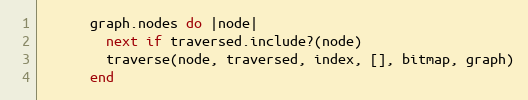
Language: Ruby
      graph.nodes do |node|
        next if traversed.include?(node)
        traverse(node, traversed, index, [], bitmap, graph)
      end